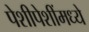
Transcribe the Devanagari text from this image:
पेशीपेशींमध्ये